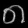
Digit: ၈